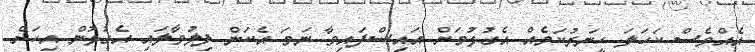
އެއްވެސް ކަހަލަ ހީނަރުކަމެއް އެގުޅުމަށް އައިސްފައިވާ ނަމަ އެކަން ފިލުވާލައި އެގުޅުން އިހަށް